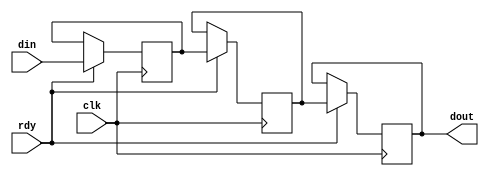
module my_fifo_2 (clk, din, dout, rdy);
    input clk; 
    input[9 - 1:0] din; 
    output[9 - 1:0] dout; 
    reg[9 - 1:0] dout;
	input rdy;
    reg[9-1:0]buff1;
    reg[9-1:0]buff2;
    always @(posedge clk)
    begin
		if (rdy == 1'b1)
		begin
			buff1 <= din;
			dout <= buff2;
			buff2 <= buff1;
		end
	end
endmodule